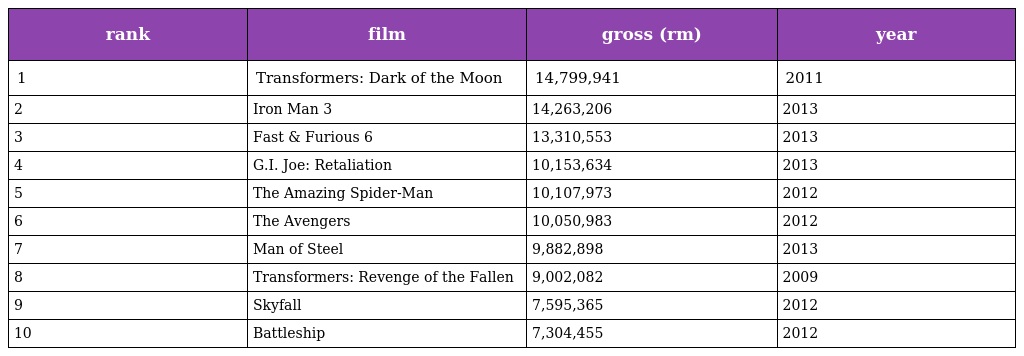
| rank | film | gross (rm) | year |
 | --- | --- | --- | --- |
 | 1 | Transformers: Dark of the Moon | 14,799,941 | 2011 |
 | 2 | Iron Man 3 | 14,263,206 | 2013 |
 | 3 | Fast & Furious 6 | 13,310,553 | 2013 |
 | 4 | G.I. Joe: Retaliation | 10,153,634 | 2013 |
 | 5 | The Amazing Spider-Man | 10,107,973 | 2012 |
 | 6 | The Avengers | 10,050,983 | 2012 |
 | 7 | Man of Steel | 9,882,898 | 2013 |
 | 8 | Transformers: Revenge of the Fallen | 9,002,082 | 2009 |
 | 9 | Skyfall | 7,595,365 | 2012 |
 | 10 | Battleship | 7,304,455 | 2012 |